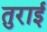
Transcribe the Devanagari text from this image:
तुराई